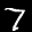
Label: 7